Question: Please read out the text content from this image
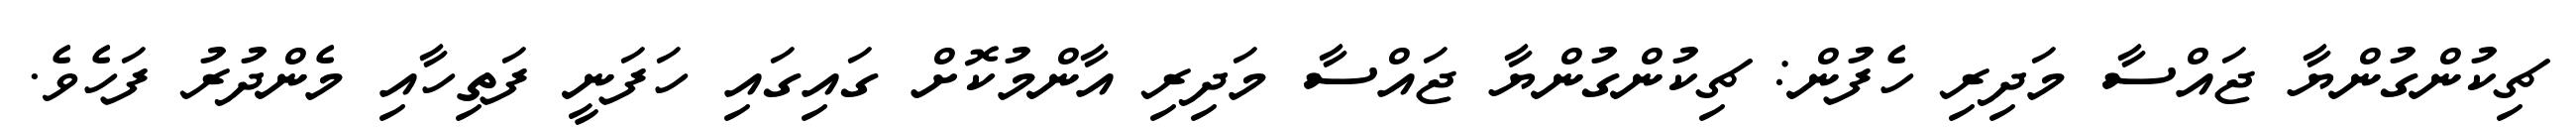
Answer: ޗިކުންގުންޔާ ޖައްސާ މަދިރި ހެފުން: ޗިކުންގުންޔާ ޖައްސާ މަދިރި އާންމުކޮށް ގައިގައި ހަފަނީ ފަތިހާއި މެންދުރު ފަހެވެ.